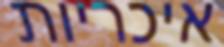
איכריות